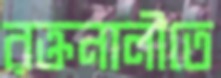
রক্তনালীতে